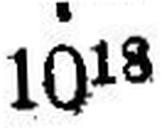
1018